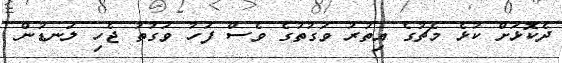
ދެކޮޅަށް ކުޅެ މެޗުގެ އިތުރު ވަގުތުގެ ވެސް ފަހު ވަގުތު ޖެހި ލަނޑުން